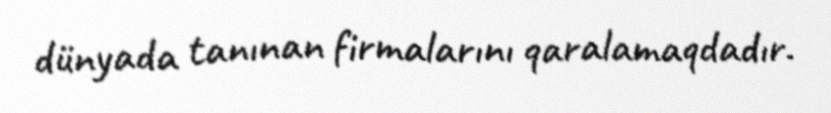
dünyada tanınan firmalarını qaralamaqdadır.